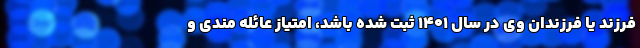
فرزند یا فرزندان وی در سال ۱۴۰۱ ثبت شده باشد، امتیاز عائله مندی و